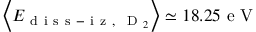
\left\langle E _ { \mathrm { ~ d ~ i ~ s ~ s ~ - ~ i ~ z ~ , ~ } \mathrm { ~ D ~ } _ { 2 } } \right\rangle \simeq 1 8 . 2 5 \mathrm { ~ e ~ V ~ }